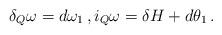
LaTeX: \begin{align*}\delta_Q \omega=d\omega_1\,, i_Q\omega =\delta H +d\theta_1\,.\end{align*}